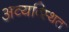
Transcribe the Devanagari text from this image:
अव्यव्स्थित